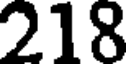
218